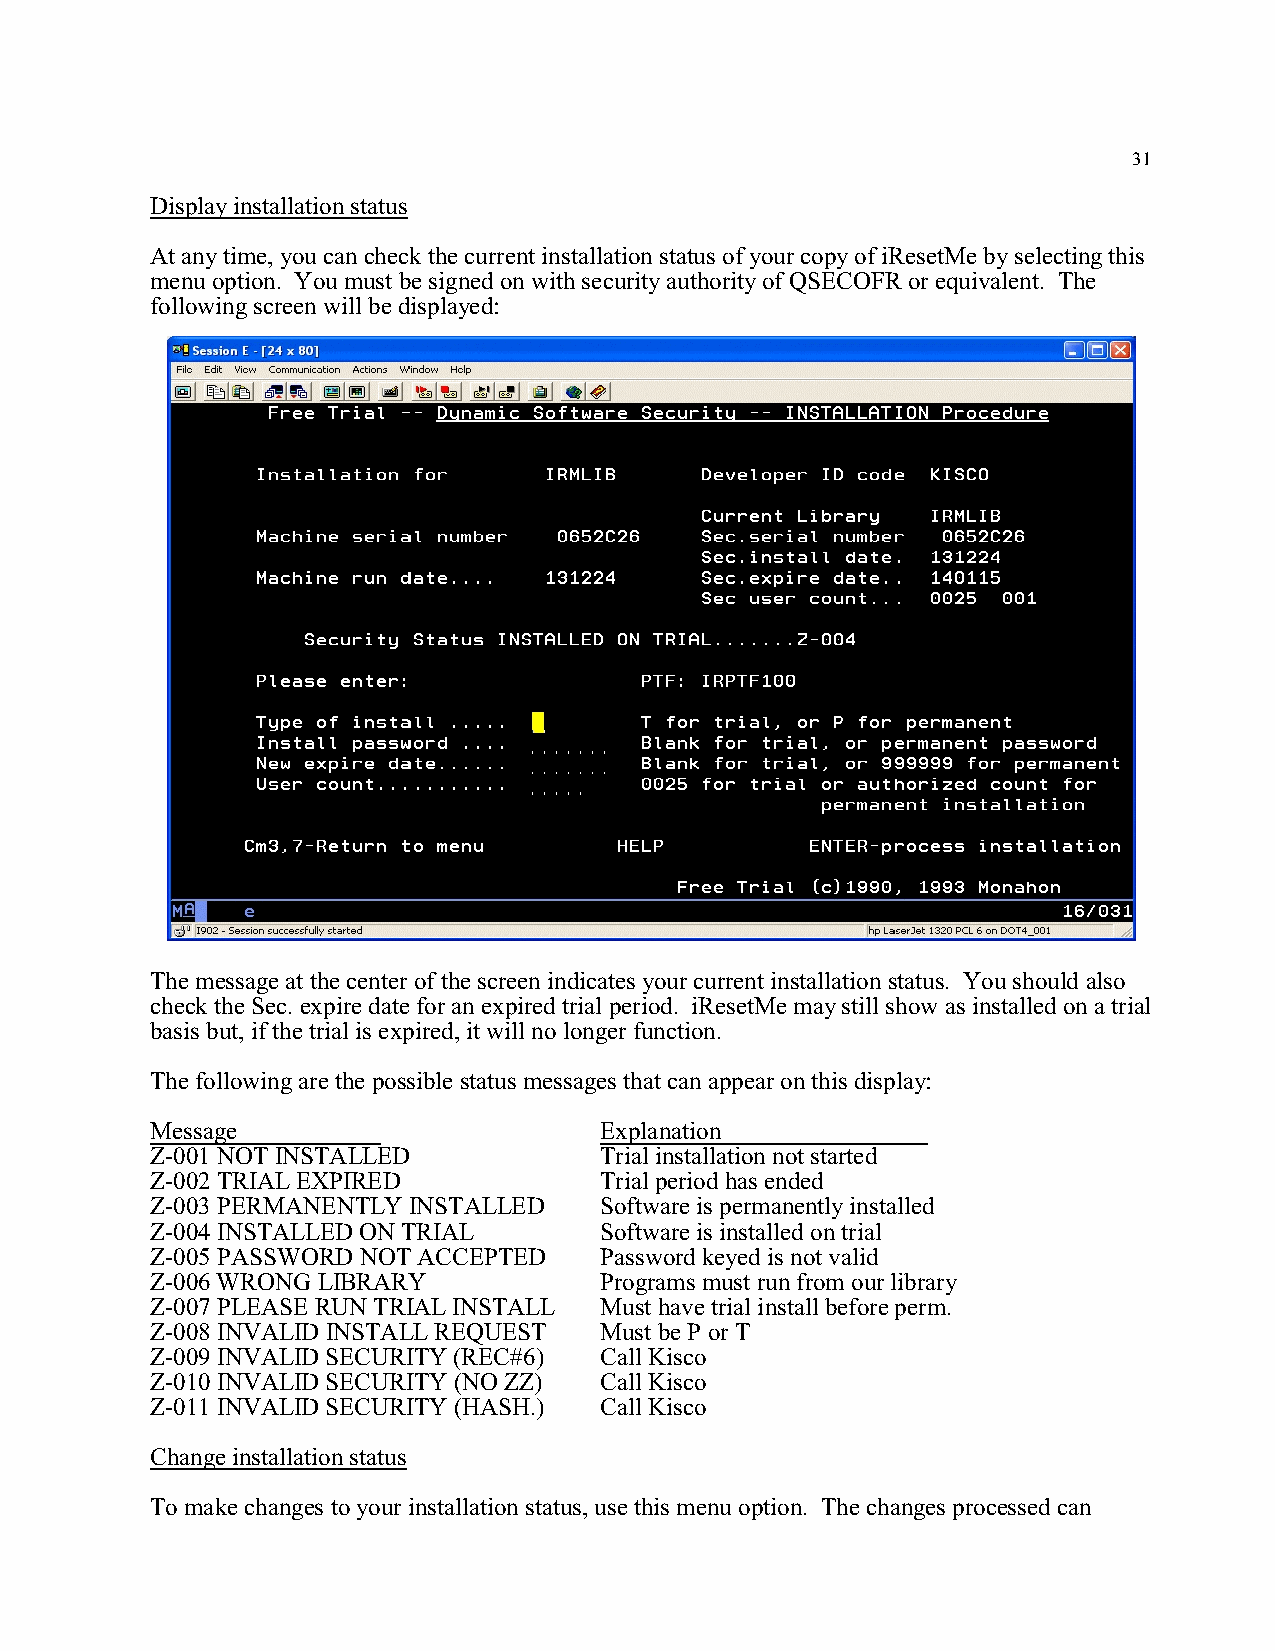
31
 Display installation status
 At any time, you can check the current installation status of your copy of iResetMe by selecting this
 menu option. You must be signed on with security authority of QSECOFR or equivalent. The
 following screen will be displayed:
 The message at the center of the screen indicates your current installation status. You should also
 check the Sec. expire date for an expired trial period. iResetMe may still show as installed on a trial
 basis but, if the trial is expired, it will no longer function.
 The following are the possible status messages that can appear on this display:
 Message                       Explanation
 Z-001 NOT INSTALLED           Trial installation not started
 Z-002 TRIAL EXPIRED           Trial period has ended
 Z-003 PERMANENTLY INSTALLED   Software is permanently installed
 Z-004 INSTALLED ON TRIAL      Software is installed on trial
 Z-005 PASSWORD NOT ACCEPTED   Password keyed is not valid
 Z-006 WRONG LIBRARY           Programs must run from our library
 Z-007 PLEASE RUN TRIAL INSTALL Must have trial install before perm.
 Z-008 INVALID INSTALL REQUEST Must be P or T
 Z-009 INVALID SECURITY (REC#6) Call Kisco
 Z-010 INVALID SECURITY (NO ZZ) Call Kisco
 Z-011 INVALID SECURITY (HASH.) Call Kisco
 Change installation status
 To make changes to your installation status, use this menu option. The changes processed can